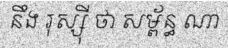
នឹង រុស្ស៊ី ថា សម្ព័ន្ធ ណា